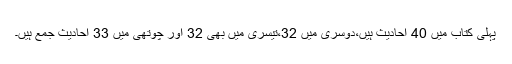
پہلی کتاب میں 40 احادیث ہیں،دوسری میں 32،تیسری میں بھی 32 اور چوتھی میں 33 احادیث جمع ہیں۔